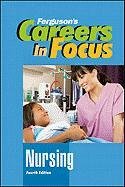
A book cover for Nursing, Fourth Edition (Ferguson's Careers in Focus); Ferguson; Teen & Young Adult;